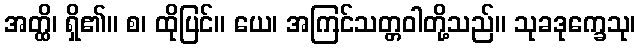
အတ္ထိ၊ ရှိ၏။ စ၊ ထိုပြင်။ ယေ၊ အကြင်သတ္တဝါတို့သည်။ သုခဒုက္ခေသု၊